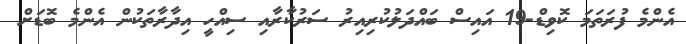
އެންމެ ފުރަތަމަ ކޮވިޑް-19 އައިސް ބައްދަލުކުރިއިރު ސަރުކާރާއި ސިއްހީ އިދާރާތަކުން އެންމެ ބޮޑަށް